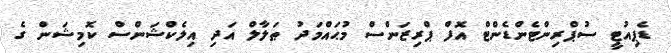
ޑެޕިއުޓީ ސުޕްރިންޓެންޑެންޓް އޮފް ޕްރިޒަންސް މުޙައްމަދު ޠަލާލް އަދި އިލެކްޝަންސް ކޮމިޝަން ގެ